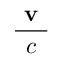
\frac { \textbf { v } } { c }